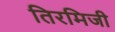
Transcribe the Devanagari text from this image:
तिरमिजी